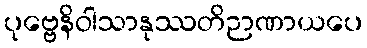
ပုဗ္ဗေနိဝါသာနုဿတိဉာဏာယပေ